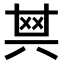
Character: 𠔝